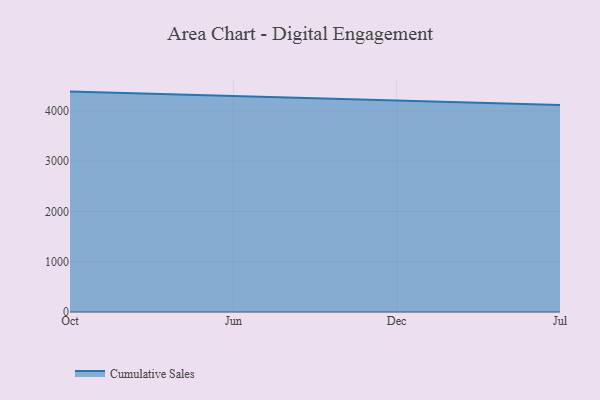
{"axis": {"x": "Month", "y": "Latency (ms)"}, "legend": ["Cumulative Sales"], "data": [{"x": "Oct", "y": 4384.8, "type": "Cumulative Sales"}, {"x": "Jun", "y": 4298.2, "type": "Cumulative Sales"}, {"x": "Dec", "y": 4207.3, "type": "Cumulative Sales"}, {"x": "Jul", "y": 4118.5, "type": "Cumulative Sales"}]}